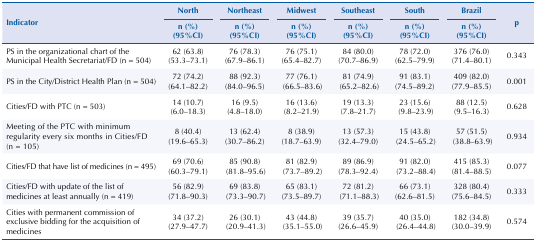
<table><thead><tr><td rowspan="3"><b>Indicator</b></td><td><b>North</b></td><td><b>Northeast</b></td><td><b>Midwest</b></td><td><b>Southeast</b></td><td><b>South</b></td><td><b>Brazil</b></td><td rowspan="3"><b>p</b></td></tr><tr><td><b>n (%) (95%CI)</b></td><td><b>n (%) (95%CI)</b></td><td><b>n (%) (95%CI)</b></td><td><b>n (%) (95%CI)</b></td><td><b>n (%) (95%CI)</b></td><td><b>n (%) (95%CI)</b></td></tr></thead><tbody><tr><td>PS in the organizational chart of the Municipal Health Secretariat/FD (n = 504)</td><td>62 (63.8) (53.3–73.1)</td><td>76 (78.3) (67.9–86.1)</td><td>76 (75.1) (65.4–82.7)</td><td>84 (80.0) (70.7–86.9)</td><td>78 (72.0) (62.5–79.9)</td><td>376 (76.0) (71.4–80.1)</td><td>0.343</td></tr><tr><td>PS in the City/District Health Plan (n = 504)</td><td>72 (74.2) (64.1–82.2)</td><td>88 (92.3) (84.0–96.5)</td><td>77 (76.1) (66.5–83.6)</td><td>81 (74.9) (65.2–82.6)</td><td>91 (83.1) (74.5–89.2)</td><td>409 (82.0) (77.9–85.5)</td><td>0.001</td></tr><tr><td>Cities/FD with PTC (n = 503)</td><td>14 (10.7) (6.0–18.3)</td><td>16 (9.5) (4.8–18.0)</td><td>16 (13.6) (8.2–21.9)</td><td>19 (13.3) (7.8–21.7)</td><td>23 (15.6) (9.8–23.9)</td><td>88 (12.5) (9.5–16.3)</td><td>0.628</td></tr><tr><td>Meeting of the PTC with minimum regularity every six months in Cities/FD (n = 105)</td><td>8 (40.4) (19.6–65.3)</td><td>13 (62.4) (30.7–86.2)</td><td>8 (38.9) (18.7–63.9)</td><td>13 (57.3) (32.4–79.0)</td><td>15 (43.8) (24.5–65.2)</td><td>57 (51.5) (38.8–63.9)</td><td>0.934</td></tr><tr><td>Cities/FD that have list of medicines (n = 495)</td><td>69 (70.6) (60.3–79.1)</td><td>85 (90.8) (81.8–95.6)</td><td>81 (82.9) (73.7–89.2)</td><td>89 (86.9) (78.3–92.4)</td><td>91 (82.0) (73.2–88.4)</td><td>415 (85.3) (81.4–88.5)</td><td>0.077</td></tr><tr><td>Cities/FD with update of the list of medicines at least annually (n = 419)</td><td>56 (82.9) (71.8–90.3)</td><td>69 (83.8) (73.3–90.7)</td><td>65 (83.1) (73.5–89.7)</td><td>72 (81.2) (71.1–88.3)</td><td>66 (73.1) (62.6–81.5)</td><td>328 (80.4) (75.6–84.5)</td><td>0.333</td></tr><tr><td>Cities with permanent commission of exclusive bidding for the acquisition of medicines</td><td>34 (37.2) (27.9–47.7)</td><td>26 (30.1) (20.9–41.3)</td><td>43 (44.8) (35.1–55.0)</td><td>39 (35.7) (26.6–45.9)</td><td>40 (35.0) (26.4–44.8)</td><td>182 (34.8) (30.0–39.9)</td><td>0.574</td></tr></tbody></table>